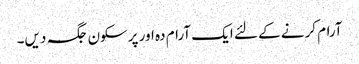
آرام کرنے کے لئے ایک آرام دہ اور پرسکون جگہ دیں۔